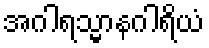
အဂါရသ္မာနဂါရိယံ